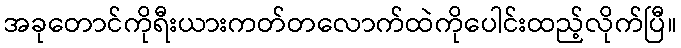
အခုတောင်ကိုရီးယားကတ်တလောက်ထဲကိုပေါင်းထည့်လိုက်ပြီ။